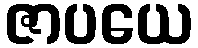
ဇာပယေ